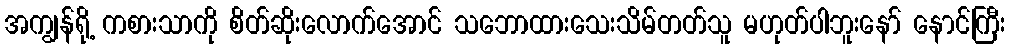
အကျွန်ရို့ ကစားသာကို စိတ်ဆိုးလောက်အောင် သဘောထားသေးသိမ်တတ်သူ မဟုတ်ပါဘူးနော် နောင်ကြီး